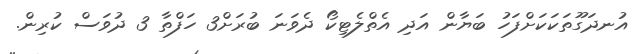
އުނދަގޫތަކަކަށްފަހު ބަޔާން އަދި އެތްލެޓިކޯ ދެވަނަ ބުރަށް3 ހަފްތާ 3 ދުވަސް ކުރިން.